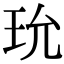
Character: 玧